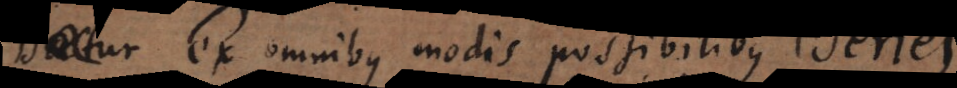
ur. Ex omnibus modis possibilibus quibus